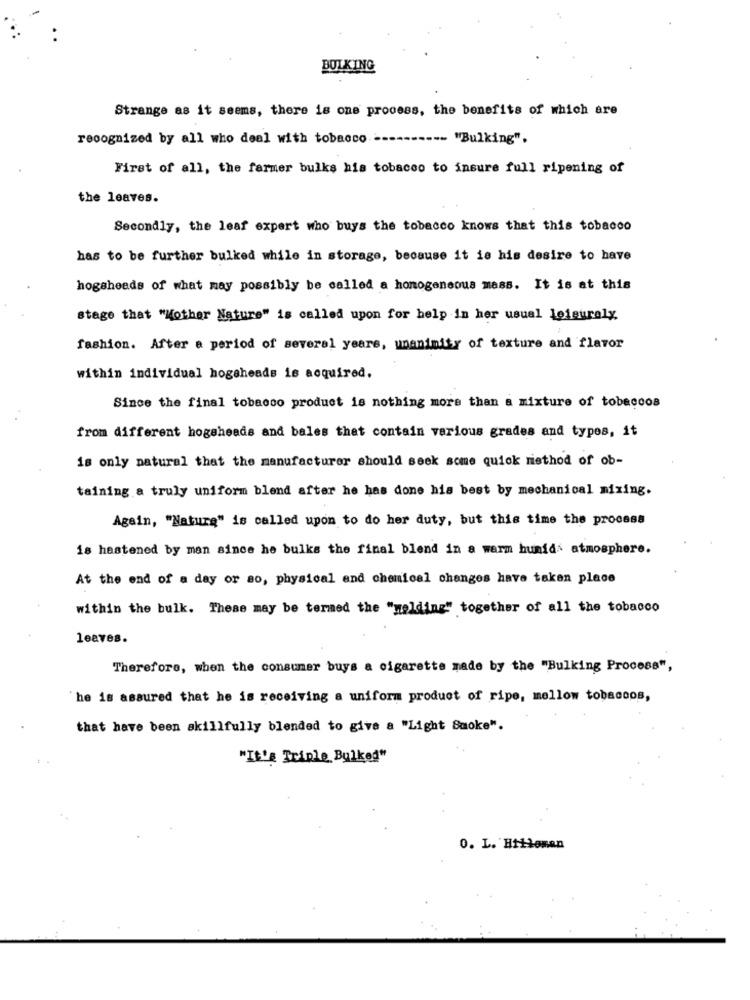
BULKING
Strange as it seems, there is one process, the benefits of which are
recognized by all who deal with tobacco ---
--- "Bulking".
First of all, the farmer bulks his tobacco to insure full ripening of
the leaves.
Secondly, the leaf expert who buys the tobacco knows that this tobacco
has to be further bulked while in storage, because it is his desire to have
hogsheads of what may possibly be called a homogeneous mess. It is at this
stage that "Mother Nature" is called upon for help in her usual leisurely,
fashion. After a period of several years, unanimity of texture and flavor
within individual hogsheads is acquired.
Since the final tobacco product is nothing more than a mixture of tobaccos
from different hogsheads and bales that contain various grades and types, it
is only natural that the manufacturer should seek some quick niethod of ob-
taining a truly uniform blend after he has done his best by mechanical mixing.
Again, "Natura" is called upon to do her duty, but this time the process
is hastened by man since he bulks the final blend in a warm humids atmosphere.
At the end of a day or ao, physical and chemical changes have taken place
within the bulk. These may be termed the "melding" together of all the tobacco
leaves.
Therefore, when the consumer buys a cigarette made by the "Bulking Process",
he is assured that he is receiving a uniform product of ripe, mellow tobaccos,
that have been skillfully blended to give a "Light Smoke".
"It's Triple Bulked"
0. L. Hilloman